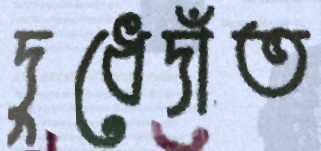
দুধেদাঁত